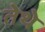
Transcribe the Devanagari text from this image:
तेेथे